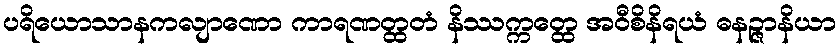
ပရိယောသာနကလျာဏော ကာရဏတ္ထတံ နိဿက္ကတ္ထေ အဝီစိနိရယံ ဓနဉ္ဇာနိယာ